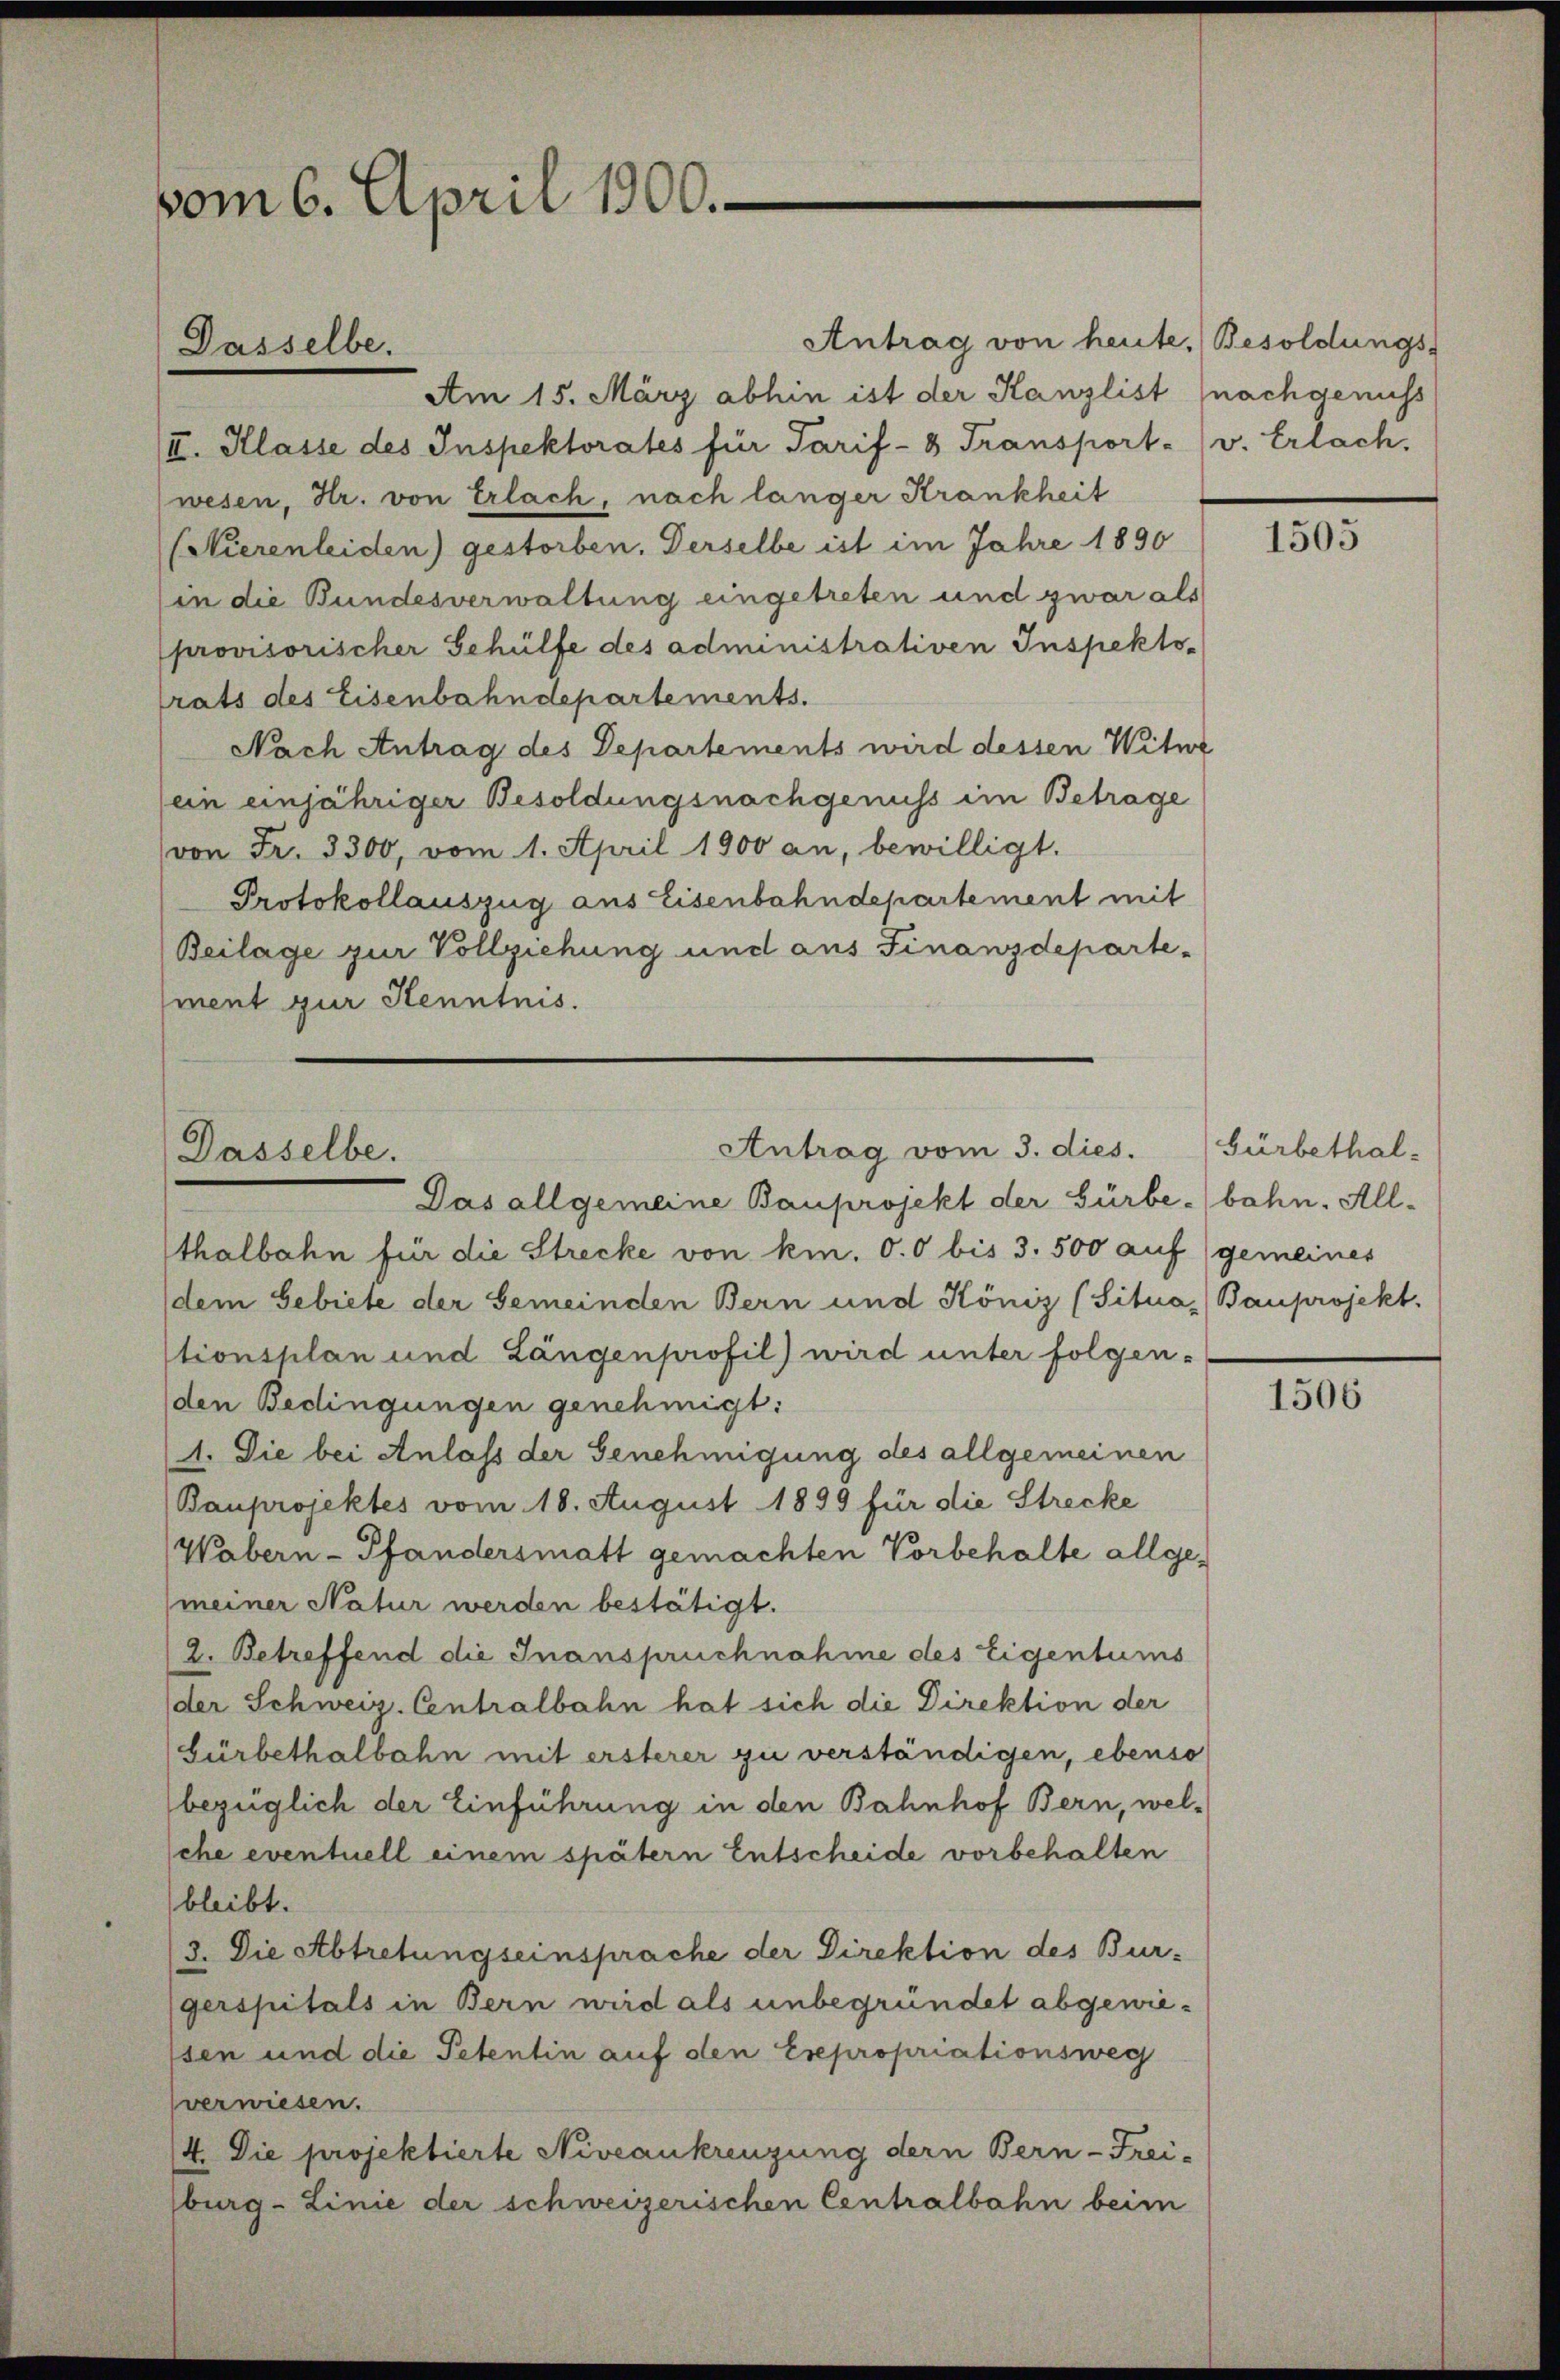
vom 6. April 1900.

Antrag von heute. Besoldungs-
Am 15. März abhin ist der Kanzlist (nachgenuss
/III. Klasse des Inspektorates für Tarif-8 Transport. (v. Erlach.
wesen, Hr. von Erlach, nach länger Krankheit
(Nierenleiden) gestorben. Derselbe ist im Jahre 1890
(in die Bundesverwaltung eingetreten und zwar als
provisorischer Gehülfe des administrativen Inspekto-
rats des Eisenbahndepartements.
Nach Antrag des Departements wird dessen Witwe
(ein einjähriger Besoldungsnachgenuss im Betrage
von Fr. 3300, vom 1. April 1900 an, bewilligt.
Protokollauszug aus Eisenbahndepartement mit
Beilage zur Vollziehung und aus Finanzdeparte-
ment zur Kenntnis.

Dasselbe.

Antrag vom 3. dies. (Gürbethal-
Dasselbe.

Das allgemeine Bauprojekt der Gürbe bahn. Allthalbahn für die Strecke von ki. 0.0 bis 3. 500 auf gemeines
(dem Gebiete der Gemeinden Bern und Köniz (Situa, Bauprojekt.
tionsplan und Längenprofil) wird unter folgen-
den Bedingungen genehmigt:
(1. Sie bei Anlass der Genehmigung des allgemeinen
Bauprojektes vom 18. August 1899 für die Strecke
Wabern-Pfandersmatt gemachten Vorbehalte allgemeiner Natur werden bestätigt.
2. Betreffend die Inanspruchnahme des Eigentums
der Schweiz. Centralbahn hat sich die Direktion der
Gürbethalbahn mit ersterer zu verständigen, ebenso
bezüglich der Einführung in den Bahnhof Bern, welsche eventuell einem spätern Entscheide vorbehalten
bleibt.
3. Die Abtretungseinsprache der Direktion des Bur-
gerspitals in Bern wird als unbegründet abgewiesen und die Petentin auf den Expropriationsweg
verwiesen.
4. Die projektierte Niveaukreuzung dern Bern-Frei-
sburg-Linie der schweizerischen Centralbahn beim

1505

1506